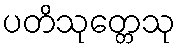
ပတိသုတ္တေသု